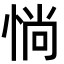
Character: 惝